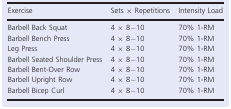
| Exercise | Sets × Repetitions | Intensity Load |
 | --- | --- | --- |
 | Barbell Back Squat | 4 × 8−10 | 70% 1‐RM |
 | Barbell Bench Press | 4 × 8−10 | 70% 1‐RM |
 | Leg Press | 4 × 8−10 | 70% 1‐RM |
 | Barbell Seated Shoulder Press | 4 × 8−10 | 70% 1‐RM |
 | Barbell Bent‐Over Row | 4 × 8−10 | 70% 1‐RM |
 | Barbell Upright Row | 4 × 8−10 | 70% 1‐RM |
 | Barbell Bicep Curl | 4 × 8−10 | 70% 1‐RM |